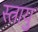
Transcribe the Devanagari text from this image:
स्त्रायु